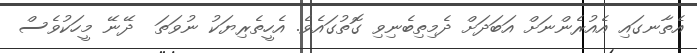
އެތާނގައި އެއުރެންނަށް އަބަދަށް ދެމިތިބެނިވި ގޮތުގައެވެ. އެހީތެރިޔަކު ނުވަތަ  ދޭނޭ މީހަކުވެސް